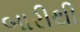
બારીથી